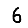
Digit: 6